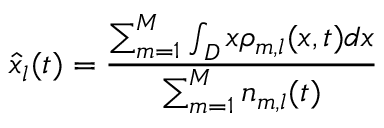
\hat { x } _ { l } ( t ) = \frac { \sum _ { m = 1 } ^ { M } \int _ { D } x \rho _ { m , l } ( x , t ) d x } { \sum _ { m = 1 } ^ { M } n _ { m , l } ( t ) }